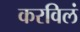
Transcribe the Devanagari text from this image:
करविलं